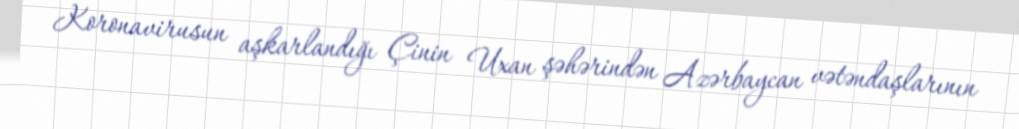
Koronavirusun aşkarlandığı Çinin Uxan şəhərindən Azərbaycan vətəndaşlarının